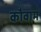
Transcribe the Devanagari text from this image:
कौवाम